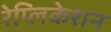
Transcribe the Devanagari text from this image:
रेप्लिकेशन